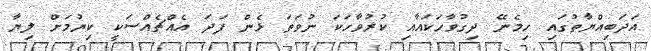
އަދަބިއްޔާތުގައި ހިމެނޭ ދިގުވާހަކައާއި ކުރުވާހަކަ ނުވަތަ ޅެން ފަދަ އެއްޗެއްސަކީ ކިޔުމަށް ލިޔާ